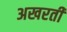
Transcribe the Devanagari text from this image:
अखरती